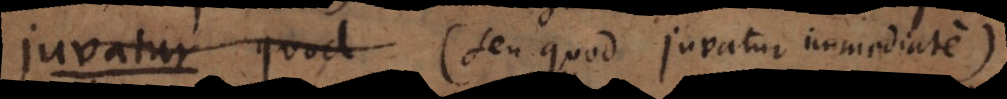
agens (seu quod juvatur immediate